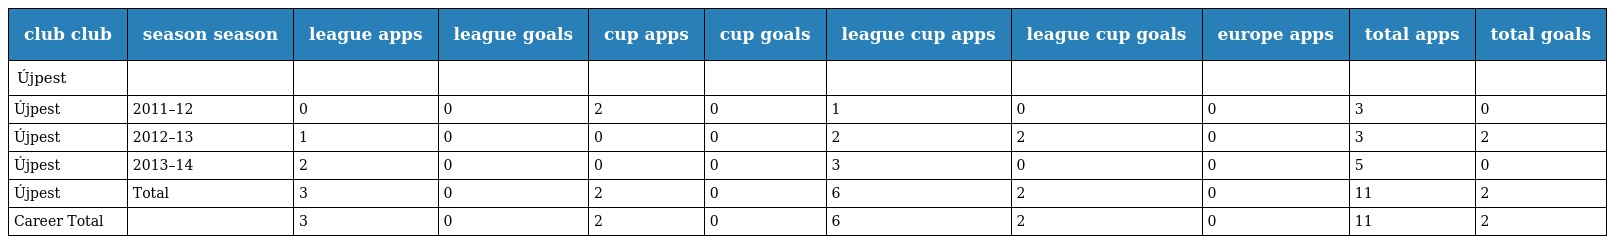
| club club | season season | league apps | league goals | cup apps | cup goals | league cup apps | league cup goals | europe apps | total apps | total goals |
 | --- | --- | --- | --- | --- | --- | --- | --- | --- | --- | --- |
 | Újpest |  |  |  |  |  |  |  |  |  |  |
 | Újpest | 2011–12 | 0 | 0 | 2 | 0 | 1 | 0 | 0 | 3 | 0 |
 | Újpest | 2012–13 | 1 | 0 | 0 | 0 | 2 | 2 | 0 | 3 | 2 |
 | Újpest | 2013–14 | 2 | 0 | 0 | 0 | 3 | 0 | 0 | 5 | 0 |
 | Újpest | Total | 3 | 0 | 2 | 0 | 6 | 2 | 0 | 11 | 2 |
 | Career Total |  | 3 | 0 | 2 | 0 | 6 | 2 | 0 | 11 | 2 |